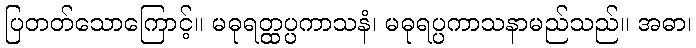
ပြတတ်သောကြောင့်။ မဓုရတ္ထပ္ပကာသနံ၊ မဓုရပ္ပကာသနာမည်သည်။ အဓာ၊